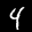
Digit: 4